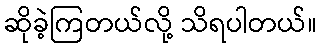
ဆိုခဲ့ကြတယ်လို့ သိရပါတယ်။